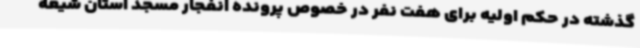
گذشته در حکم اولیه برای هفت نفر در خصوص پرونده انفجار مسجد استان شیعه